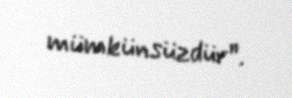
mümkünsüzdür”.